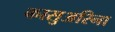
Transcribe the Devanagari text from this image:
कासुअरिना